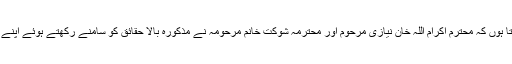
اچھے گمان کے ساتھ کہہ سکتا ہوں کہ محترم اکرام اللہ خان نیازی مرحوم اور محترمہ شوکت خانم مرحومہ نے مذکورہ بالا حقائق کو سامنے رکھتے ہوئے اپنے بیٹے کا نام عمران رکھا ہوگا۔